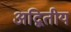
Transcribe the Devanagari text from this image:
अद्बितीय